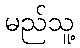
မည်သူ့